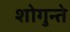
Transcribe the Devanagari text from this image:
शोगुन्ते